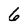
Character: 6